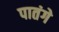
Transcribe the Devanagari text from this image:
पातंगे